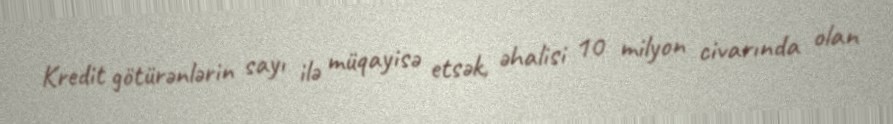
Kredit götürənlərin sayı ilə müqayisə etsək, əhalisi 10 milyon civarında olan